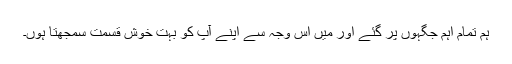
ہم تمام اہم جگہوں پر گئے اور میں اس وجہ سے اپنے آپ کو بہت خوش قسمت سمجھتا ہوں۔